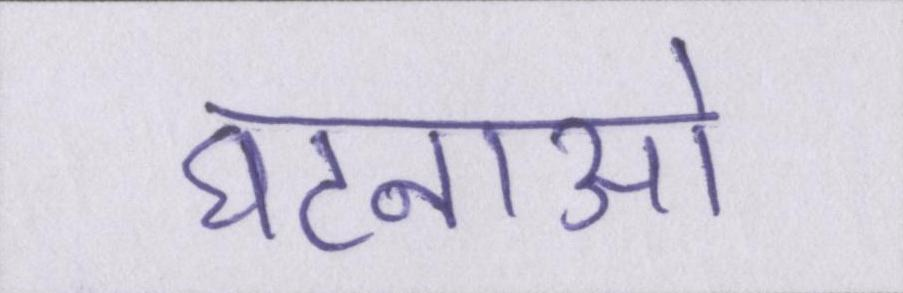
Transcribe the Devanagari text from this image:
घटनाओ